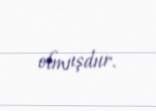
olmuşdur.